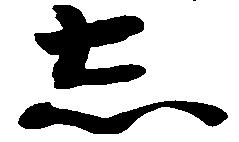
し